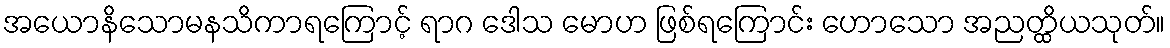
အယောနိသောမနသိကာရကြောင့် ရာဂ ဒေါသ မောဟ ဖြစ်ရကြောင်း ဟောသော အညတ္ထိယသုတ်။